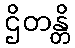
ဌိတန္တိ